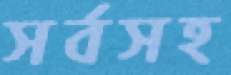
সর্বসহ